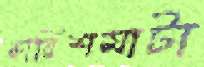
কারিশমাটা